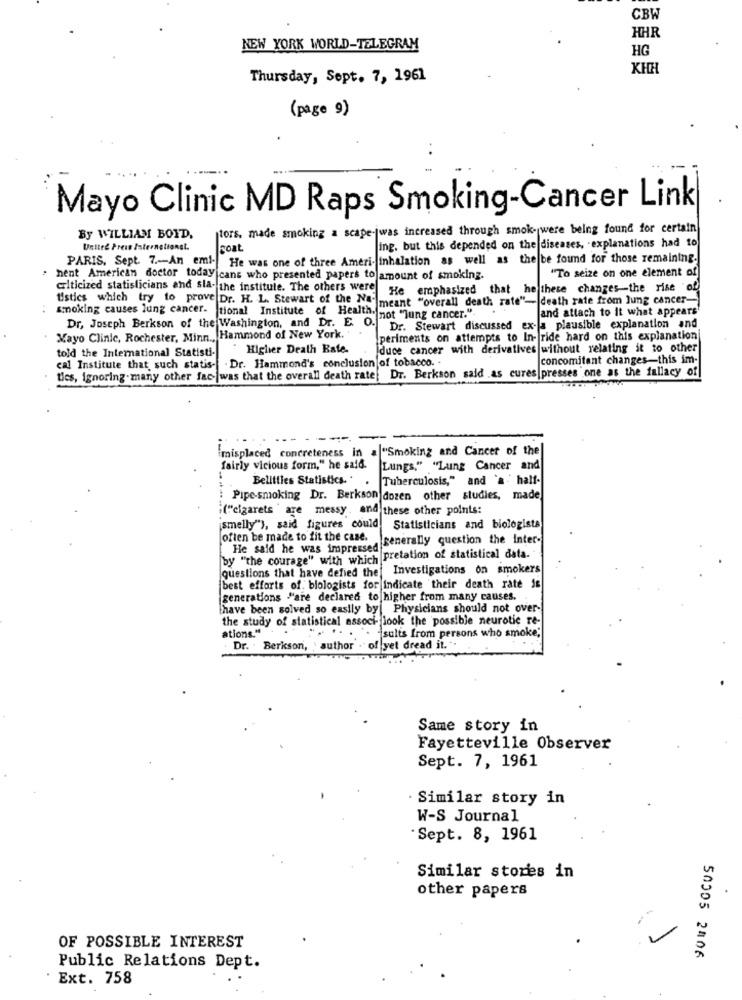
CBW
HHR
NEW YORK WORLD-TELEGRAM
HG
KHH
Thursday, Sept. 7, 1961
(page 9)
Mayo Clinic MD Raps Smoking-Cancer Link
tors. made smoking a scape-jwas increased through smok- were being found for certain
By WILLIAM BOYD,
United Preis Internetsonst.
Roat
ing. but this depended on the diseases, explanations had to
PARIS, Sept. 7 .-- An emi- He was one of three Ameri- inhalation as well as the be found for those remaining.
"To seize on one element of
· hent American doctor today cans who presented papers to amount of smoking.
criticized statisticians and sla- the institule. The others were
He emphasized that he these changes-the rise of
tistics which try to prove Dr. H. L. Stewart of the Nameant "overall death rate"- death rate from lung cancer-
and attach to It what appears'
smoking causes lung cancer. tional Institute of Health. not "Jung cancer.".
Dr, Joseph Berkson of the Washington, and Dr. E. O.
Dr. Stewart discussed ex- a plausible explanation and
Mayo Clinic, Rochester, Minn ., Hammond of New York.
periments on attempts to In- ride hard on this explanation
told the International Statisti-
Higher Death Bate.
Iduce cancer with derivatives without relating it to other
cal Institute that such statis- . Dr. Hammond's conclusion of tobacco. .
concomitant changes-this im-
ties, ignoring-many other fac-|was that the overall death rate: Dr. Berkson said .as cures presses one as the fallacy of
--
--
misplaced concreteness in = "Smoking and Cancer of the
fairly vicious form," he said.
Lungs." "Lung Cancer and
Belittles Statistics. . Tuberculosis," and a half-
Pipe-smoking Dr. Berkson dozen other studies, made
("cigarets are messy , and these other points:
smelly"), said figures could!
Statisticians and biologists
often be made to fit the case.
He said he was impressed generally question the Inter-
by "the courage" with which pretation of statistical data.
questions that have defied the Investigations on smokers
best efforts of. biologists for indicate 'their death rate is
generations "are declared to higher from many causes.
thave been solved so easily by| Physicians should not over-
the study of statistical associ- look the possible neurotic re-
ations."
....
sulis from persons who smoke;'
Dr. Berkson, author . of yet dread it.".
Same story in
Fayetteville Observer
Sept. 7, 1961
Similar story in
W-S Journal
Sept. 8, 1961
Similar stores in
other papers
OF POSSIBLE INTEREST
50005 2406
Public Relations Dept.
Ext. 758